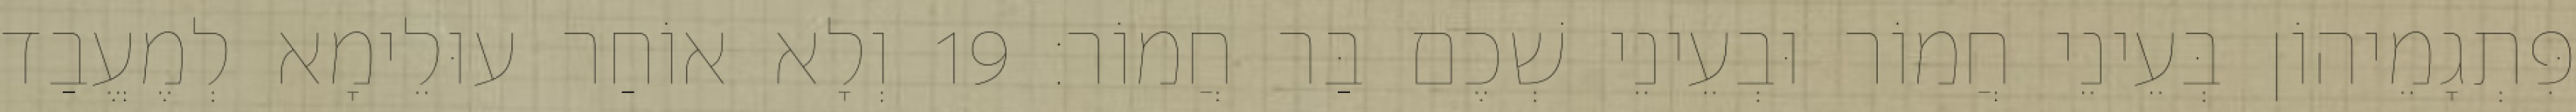
פִּתְגָמֵיהוֹן בְּעֵינֵי חֲמוֹר וּבְעֵינֵי שְׁכֶם בַּר חֲמוֹר׃ 19 וְלָא אוֹחַר עוּלֵימָא לְמֶעֱבַד